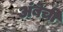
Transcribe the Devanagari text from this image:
अंबेची